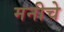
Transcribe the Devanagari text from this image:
मनीचे